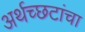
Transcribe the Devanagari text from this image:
अर्थच्‍छटांचा